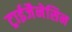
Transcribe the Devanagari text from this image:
ट्राईजैनेसिन